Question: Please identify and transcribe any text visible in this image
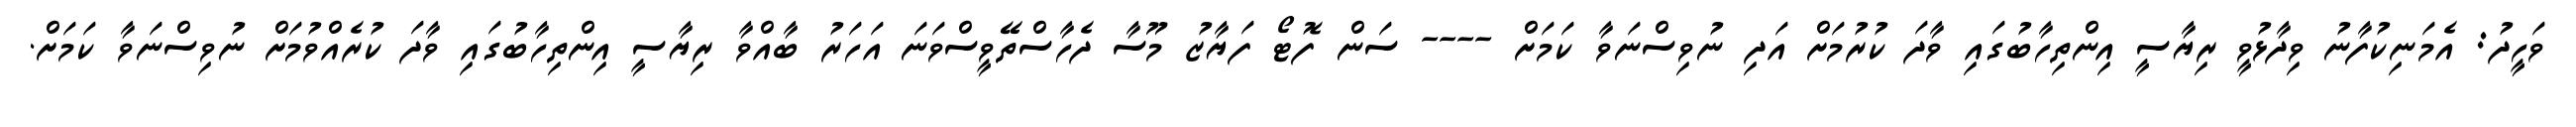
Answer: ވަހީދު: އެމަނިކުފާނު ވިދާޅުވީ ރިޔާސީ އިންތިހާބުގައި ވާދަ ކުރުމަށް އަދި ނުވިސްނަވާ ކަމަށް ---- ސަން ފޮޓޯ ފަޔާޒު މޫސާ ދެހާސްތޭވީސްވަނަ އަހަރު ބާއްވާ ރިޔާސީ އިންތިހާބުގައި ވާދަ ކުރެއްވުމަށް ނުވިސްނަވާ ކަމަށް.